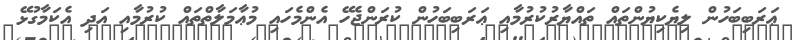
ޢަރަބިބަހުން ލިޔެކިޔުންތައް ތައްޔާރުކުރުމާއި ޢަރަބިބަހުން ކުރަންޖެހޭ އެންމެހައި މުޢާމަލާތްތައް ކުރުމާއި އަދި އެކަމާގުޅޭ